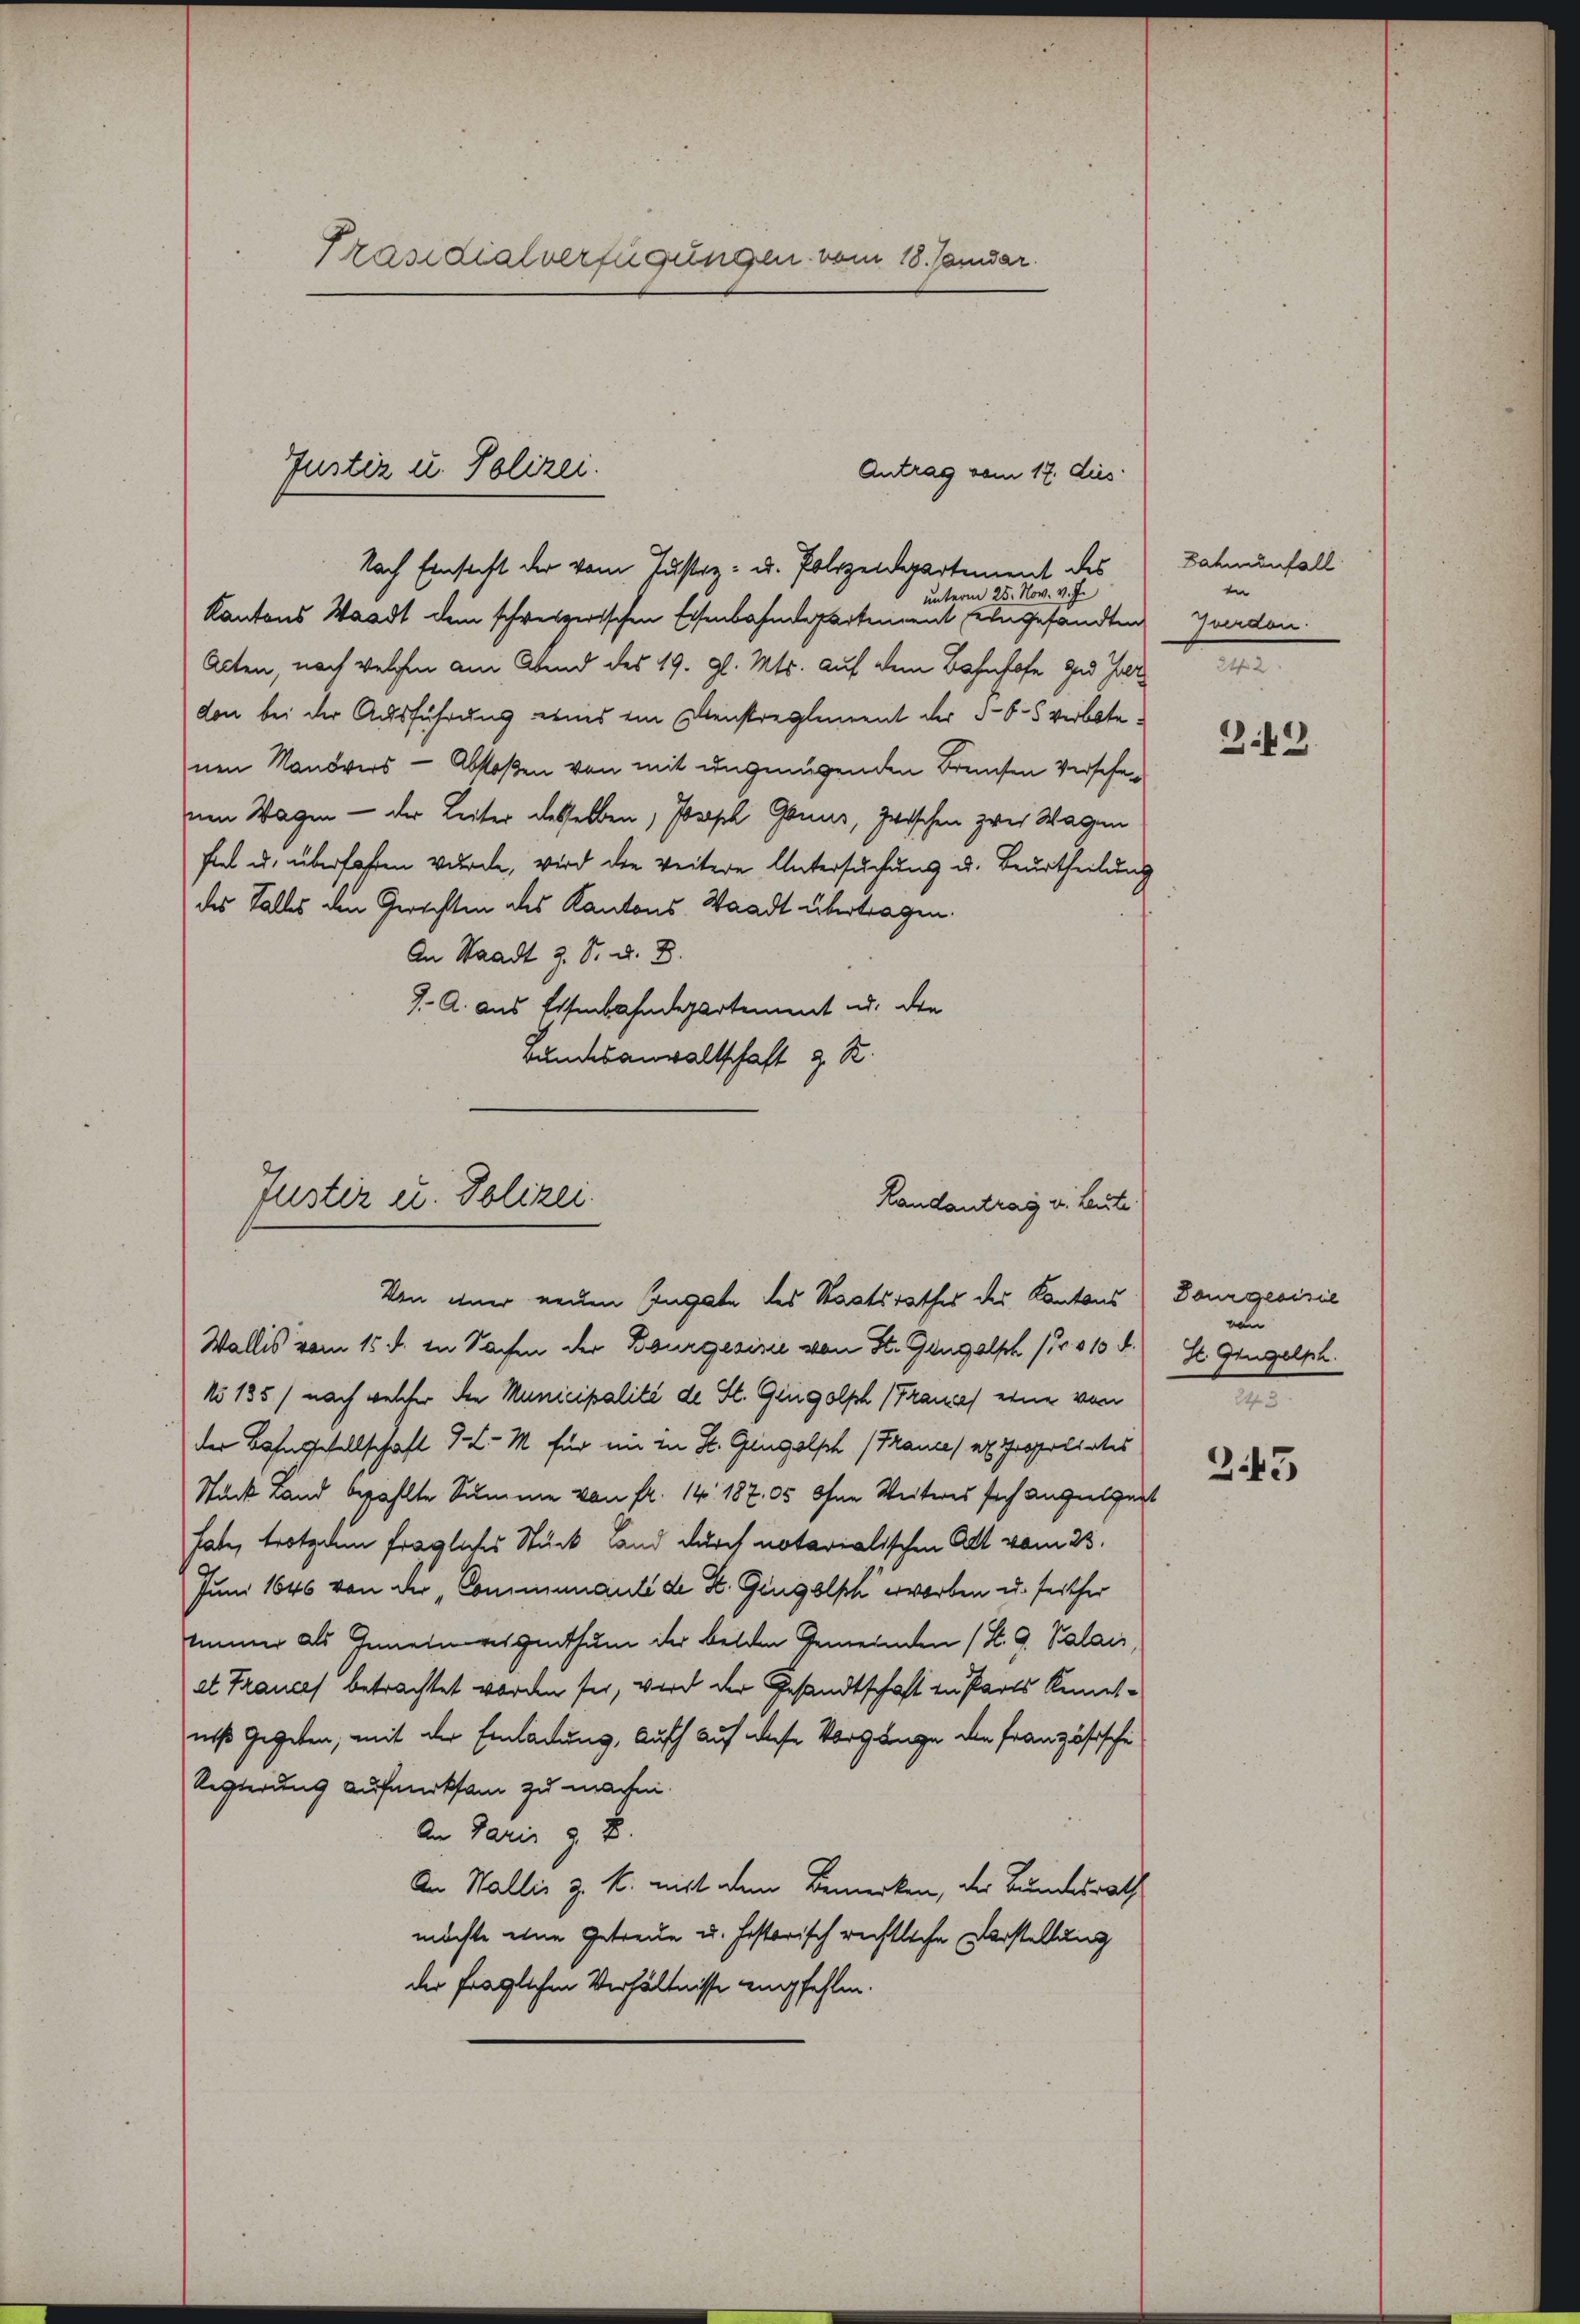
Präsidialverfügungen vom 18. Januar.

Nach Einsicht der vom Justiz- u. Polizeidepartement des
nterm 25. Nov. v. J.
Kantons Waadt dem schweizerischen Eisenbahndepartement eingesandten
Acten, nach welchen am Abend des 19. gl. Mts. auf dem Bahnhofe ged Heer 24
don bei der Ausführung eines ein Dienstreglement der 5-6-5 verbotenen Nandvers - Abkoßen von mit ungenügenden Brenten Versehe
nen Wagen - der Leiter desselben, Joseph Grund, zwischen zwei Wagen
fiel u. überfahren wurde, wird die weitere Untersuchung u. Beurtheilung
des Talles den Gerichten des Kantons Waadt übertragen.
An Staadt z. S. u. B.
J. A. aus Eisenbahndepartement u. die
Bundesanwaltschaft z. R.

Justiz u. Polizei.

Antrag vom 17. dies

Justiz u. Polizei.
Landantrag v. Leute
Von einer neuen Eingabe des Staatsrathes des Kantons

Wallis vom 15. d. in Sachen der Bourgesisie von St. Gangalph (Nr. 310 f.) St. Gingelph
No 135) nach welcher den Municipalité de St. Geigolph (Frauch eine von
der Bahngesellschaft d. M. für ein in St. Gingolph (Trance, ex proportirtes
Stück Land bezahlte Summe von fr. 14. 187. 05 Ohne Weiteres sich angeeignet
habe, trotzdem fragliches Stück und durch notarialischen Alt vom 23.
Juni 1646 von der Communauté de K. Gengelsch erworben u. seither
immer als Gemeinweigenthum ihr beiden Gemeinden (S. G. Valais,
et Frances betrachtet worden sei, wird der Gesandtschaft zu Parts Kenntniß gegeben, mit der Einladung, auff auf diese Vorgange den Französische
Regierung aufmerksam zu machen.
An Paris z. B.
An Wallis z. B. mit dem Bemerken, der Bundesrath
möchte eine Getreue u. historisch rechtliche Verstellung
der fraglichen Verhältnisse empfehlen.

Dahmenfall
Iverdan

3.9.

Tourgeoisie
von
2

343